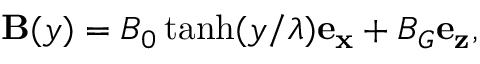
{ \bf B } ( y ) = B _ { 0 } \operatorname { t a n h } ( y / \lambda ) { \bf e _ { x } } + B _ { G } { \bf e _ { z } } ,